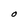
Character: O